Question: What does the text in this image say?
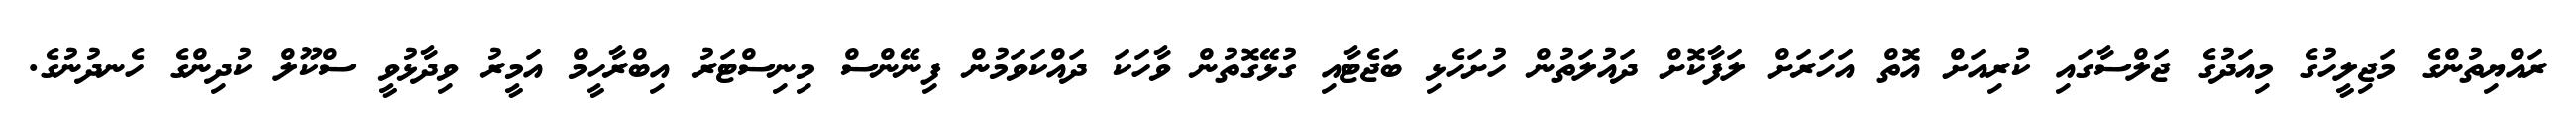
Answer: ރައްޔިތުންގެ މަޖިލީހުގެ މިއަދުގެ ޖަލްސާގައި ކުރިއަށް އޮތް އަހަރަށް ލަފާކޮށް ދައުލަތުން ހުށަހެޅި ބަޖެޓާއި ގުޅޭގޮތުން ވާހަކަ ދައްކަވަމުން ފިނޭންސް މިނިސްޓަރު އިބްރާހީމް އަމީރު ވިދާޅުވީ ސްކޫލް ކުދިންގެ ހެނދުނުގެ.